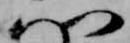
門